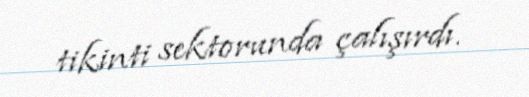
tikinti sektorunda çalışırdı.